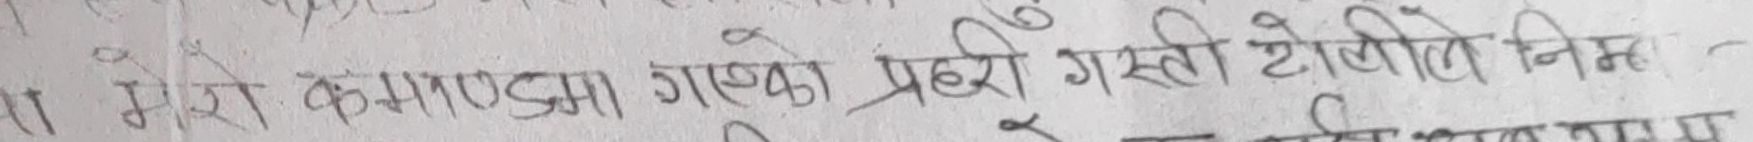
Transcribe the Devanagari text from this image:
मेरो कमाण्डमा गएको प्रहरी गस्ती टोलीले निम्त